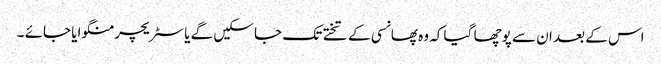
اس کے بعد ان سے پوچھا گیا کہ وہ پھانسی کے تختے تک جا سکیں گے یا سٹریچر منگوایا جائے ۔